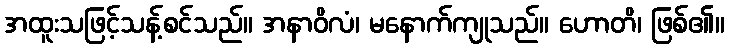
အထူးသဖြင့်သန့်စင်သည်။ အနာဝိလံ၊ မနောက်ကျုသည်။ ဟောတိ၊ ဖြစ်၏။